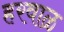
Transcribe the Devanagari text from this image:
हरवाळ